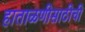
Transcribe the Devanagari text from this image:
हाताळणीसाठीची